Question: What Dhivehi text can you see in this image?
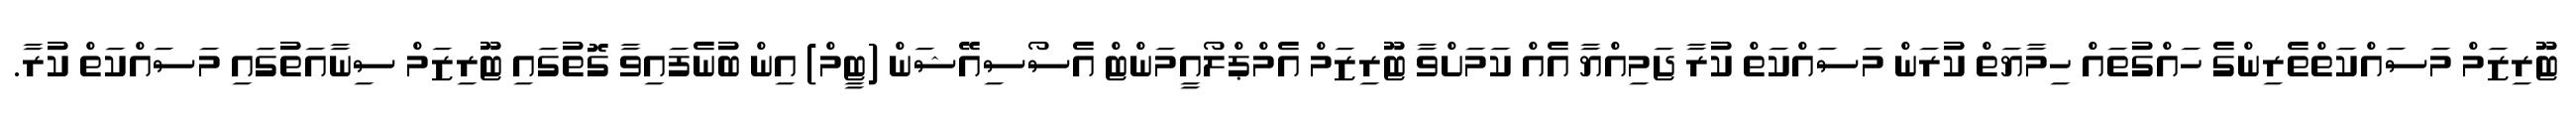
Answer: ޓޫރިޒަމް މަސައްކަތްތެރިންގެ ހައްގުތައް ހިމާޔަތް ކުރަން މަސައްކަތް ކުރާ ޖަމިއްޔާ އެއް ކަމަށްވާ ޓޫރިޒަމް އެމްޕްލޯއީމަންޓް އެސޯސިއޭޝަން (ޓީމް) އިން ބުނެފައިވާ ގޮތުގައި ޓޫރިޒަމް ސިނާއަތުގައި މަސައްކަތް ކުރާ.